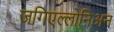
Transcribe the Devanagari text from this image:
जगिएल्लोनिअन